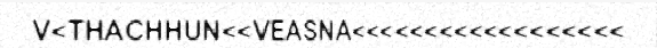
V<THACHHUN<<VEASNA<<<<<<<<<<<<<<<<<<